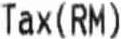
TAX(RM)